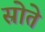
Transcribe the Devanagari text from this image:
स्रोते